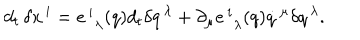
{ d _ { t } } \, \delta x ^ { \, i } = e _ { \, \, \, \lambda } ^ { \, i } ( q ) d _ { t } \delta q ^ { \, \lambda } + \partial _ { \mu } e _ { \, \, \, \lambda } ^ { \, i } ( q ) \dot { q } ^ { \, \mu } \delta q ^ { \, \lambda } .